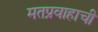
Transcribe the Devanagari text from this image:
मतप्रवाहाची